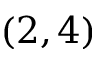
( 2 , 4 )